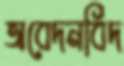
অবেদনবিদ